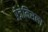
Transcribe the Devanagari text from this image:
प्रेज़ेमिसला